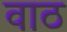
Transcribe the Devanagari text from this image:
वाठ